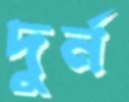
দুর্ন